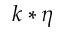
k * \eta